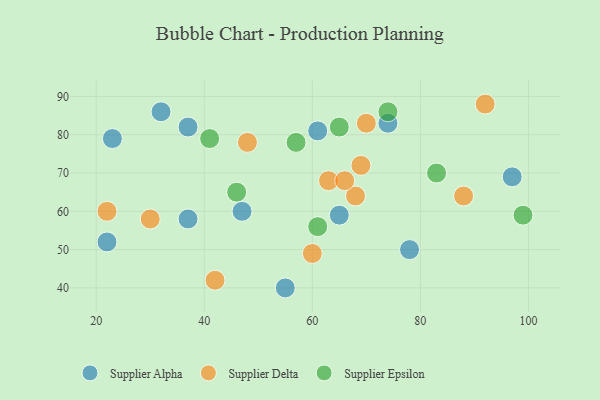
{"axis": {"x": "GDP", "y": "Life Expectancy"}, "legend": ["Supplier Alpha", "Supplier Delta", "Supplier Epsilon"], "data": [{"x": "23", "y": 79, "type": "Supplier Alpha"}, {"x": "55", "y": 40, "type": "Supplier Alpha"}, {"x": "65", "y": 59, "type": "Supplier Alpha"}, {"x": "78", "y": 50, "type": "Supplier Alpha"}, {"x": "61", "y": 81, "type": "Supplier Alpha"}, {"x": "32", "y": 86, "type": "Supplier Alpha"}, {"x": "97", "y": 69, "type": "Supplier Alpha"}, {"x": "47", "y": 60, "type": "Supplier Alpha"}, {"x": "22", "y": 52, "type": "Supplier Alpha"}, {"x": "74", "y": 83, "type": "Supplier Alpha"}, {"x": "37", "y": 58, "type": "Supplier Alpha"}, {"x": "37", "y": 82, "type": "Supplier Alpha"}, {"x": "42", "y": 42, "type": "Supplier Delta"}, {"x": "68", "y": 64, "type": "Supplier Delta"}, {"x": "63", "y": 68, "type": "Supplier Delta"}, {"x": "60", "y": 49, "type": "Supplier Delta"}, {"x": "92", "y": 88, "type": "Supplier Delta"}, {"x": "22", "y": 60, "type": "Supplier Delta"}, {"x": "69", "y": 72, "type": "Supplier Delta"}, {"x": "88", "y": 64, "type": "Supplier Delta"}, {"x": "66", "y": 68, "type": "Supplier Delta"}, {"x": "48", "y": 78, "type": "Supplier Delta"}, {"x": "70", "y": 83, "type": "Supplier Delta"}, {"x": "30", "y": 58, "type": "Supplier Delta"}, {"x": "41", "y": 79, "type": "Supplier Epsilon"}, {"x": "61", "y": 56, "type": "Supplier Epsilon"}, {"x": "99", "y": 59, "type": "Supplier Epsilon"}, {"x": "83", "y": 70, "type": "Supplier Epsilon"}, {"x": "57", "y": 78, "type": "Supplier Epsilon"}, {"x": "65", "y": 82, "type": "Supplier Epsilon"}, {"x": "46", "y": 65, "type": "Supplier Epsilon"}, {"x": "74", "y": 86, "type": "Supplier Epsilon"}]}